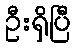
ဦးရှိပြီ